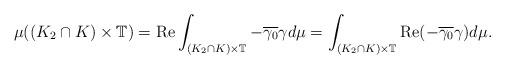
LaTeX: \begin{align*}\mu((K_2\cap K)\times\mathbb{T})=\operatorname{Re}\int_{(K_2\cap K)\times \mathbb{T}}-\overline{\gamma_0}\gamma d\mu=\int_{(K_2\cap K)\times\mathbb{T}}\operatorname{Re}(-\overline{\gamma_0}\gamma) d\mu.\end{align*}